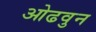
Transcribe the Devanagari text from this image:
ओढवुन